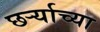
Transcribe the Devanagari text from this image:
छर्ऱ्याच्या